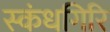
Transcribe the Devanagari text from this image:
स्‍कंधगिरि